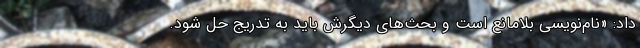
داد: «نام‌نویسی بلامانع است و بحث‌های دیگرش باید به تدریج حل شود.